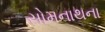
સોમનાથના